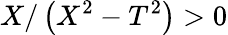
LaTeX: X/\left(X^{2}-T^{2}\right)>0